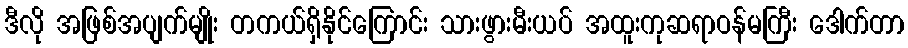
ဒီလို အဖြစ်အပျက်မျိုး တကယ်ရှိနိုင်ကြောင်း သားဖွားမီးယပ် အထူးကုဆရာဝန်မကြီး ဒေါက်တာ